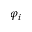
\varphi _ { i }